Report of the Indian Hemp Drugs Commission, 1894-1895 - Volume VII
Year: 1894
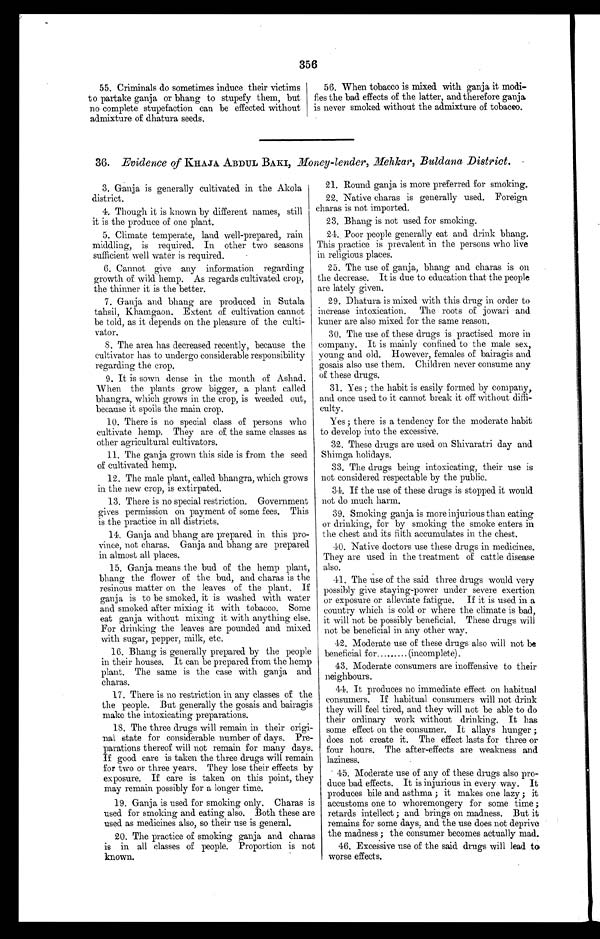
356
55. Criminals do sometimes induce their victims
to partake ganja or bhang to stupefy them, but
no complete stupefaction can be effected without
admixture of dhatura seeds.
56. When tobacco is mixed with ganja it modi-
fies the bad effects of the latter, and therefore ganja
is never smoked without the admixture of tobacco.
36. Evidence of KHAJA ABDUL BAKI, Money-lender, Mehkar, Buldana District.
3. Ganja is generally cultivated in the Akola
district.
4. Though it is known by different names, still
it is the produce of one plant.
5. Climate temperate, land well-prepared, rain
middling, is required. In other two seasons
sufficient well water is required.
6. Cannot give any information regarding
growth of wild hemp. As regards cultivated crop,
the thinner it is the better.
7. Ganja and bhang are produced in Sutala
tahsil, Khamgaon. Extent of cultivation cannot
be told, as it depends on the pleasure of the culti-
vator.
S. The area has decreased recently, because the
cultivator has to undergo considerable responsibility
regarding the crop.
9. It is sown dense in the month of Ashad.
When the plants grow bigger, a plant called
bhangra, which grows in the crop, is weeded out,
because it spoils the main crop.
10. There is no special class of persons who
cultivate hemp. They are of the same classes as
other agricultural cultivators.
11. The ganja grown this side is from the seed
of cultivated hemp.
12. The male plant, called bhangra, which grows
in the new crop, is extirpated.
13. There is no special restriction. Government
gives permission on payment of some fees. This
is the practice in all districts.
14. Ganja and bhang are prepared in this pro-
vince, not charas. Ganja and bhang are prepared
in almost all places.
15. Ganja means the bud of the hemp plant,
bhang the flower of the bud, and charas is the
resinous matter on the leaves of the plant. If
ganja is to be smoked, it is washed with water
and smoked after mixing it with tobacco. Some
eat ganja without mixing it with anything else.
F or drinking the leaves are pounded and mixed
with sugar, pepper, milk, etc.
16. Bhang is generally prepared by the people
in their houses. It can be prepared from the hemp
plant. The same is the case with ganja and
charas.
17. There is no restriction in any classes of the
the people. But generally the gosais and bairagis
make the intoxicating preparations.
18. The three drugs will remain in their origi-
nal state for considerable number of days. Pre-
parations thereof will not remain for many days.
If good care is taken the three drugs will remain
for two or three years. They lose their effects by
exposure. If care is taken on this point, they
may remain possibly for a longer time.
19. Ganja is used for smoking only. Charas is
used for smoking and eating also. Both these are
used as medicines also, so their use is general.
20. The practice of smoking ganja and charas
is in all classes of people. Proportion is not
known.
21. 21. Round ganja is more preferred for smoking.
22. Native charas is generally used. Foreign
charas is not imported.
23. Bhang is not used for smoking. •
24.. Poor people generally eat and drink bhang.
This practice is prevalent in the persons who live
in religious places.
25. The use of ganja, bhang and charas is on
the decrease. It is due to education that the people
are lately given.
29. Dhatura is mixed with this drug in order to
increase intoxication. The roots of jowari and
kuner are also mixed for the same reason.
30. The use of these drugs is practised more in
company. It is mainly confined to the male sex,
y oung and old. However, females of bairagis and
gosais also use them. Children never consume any
of these drugs.
31. Yes ; the habit is easily formed by company,
and once used to it cannot break it off without diffi-
culty.
Yes ; there is a tendency for the moderate habit
to develop into the excessive.
32. These drugs are used on Shivaratri day and
Shimga holidays.
33. The drugs being intoxicating, their use is
not considered respectable by the public.
34. If the use of these drugs is stopped it would
not do much harm.
39. Smoking ganja is more injurious than eating
or drinking, for by smoking the smoke enters in
the chest and its filth accumulates in the chest.
40. Native doctors use these drugs in medicines.
They are used in the treatment of cattle disease
also.
41. The use of the said three drugs would very
possibly give staying-power under severe exertion
or exposure or alleviate fatigue. If it is used in a
country which is cold or where the climate is bad,
it will not be possibly beneficial. These drugs will
not be beneficial in any other way.
42. Moderate use of these drugs also will not be
beneficial for ( i n c o m p l e t e ) .
43. Moderate consumers are inoffensive to their
neighbours.
44. It produces no immediate effect on habitual
consumers. If habitual consumers will not drink
they will feel tired, and they will not be able to do
their ordinary work without drinking. It has
some effect on the consumer. It allays hunger ;
does not create it. The effect lasts for three or
four hours. The after-effects are weakness and
laziness.
45. Moderate use of any of these drugs also pro-
duce bad effects. It is injurious in every way. It
produces bile and asthma ; it makes one lazy ; it
accustoms one to whoremongery for some time ;
retards intellect ; and brings on madness. But it
remains for some days, and the use does not deprive
the madness ; the consumer becomes actually mad.
46. Excessive use of the said drugs will lead to
worse effects.